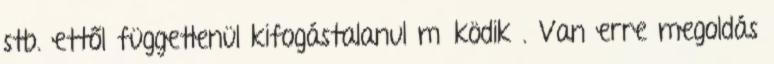
stb. ettől függetlenül kifogástalanul működik . Van erre megoldás